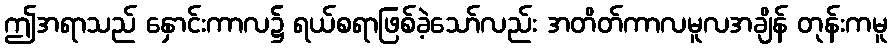
ဤအရာသည် နှောင်းကာလ၌ ရယ်စရာဖြစ်ခဲ့သော်လည်း အတိတ်ကာလမူလအချိန် တုန်းကမူ